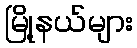
မြို့နယ်များ